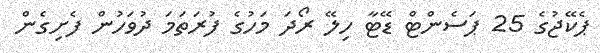
ޕެކޭޖުގެ 25 ޕަސެންޓް ޑޭޓާ ހިލޭ ރޯދަ މަހުގެ ފުރަތަމަ ދުވަހުން ފެށިގެން